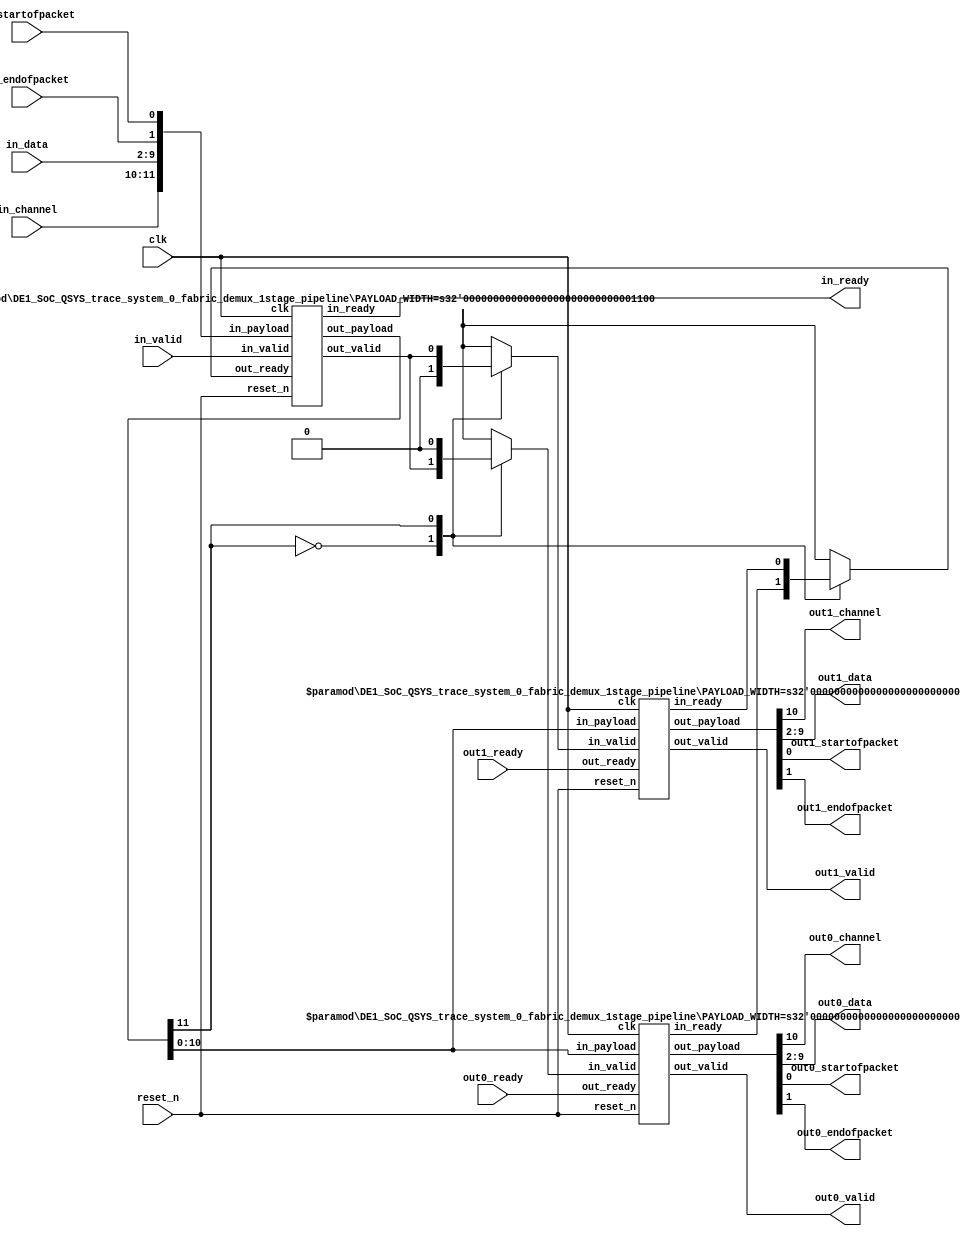
// --------------------------------------------------------------------------------
//| Demultiplexer
// --------------------------------------------------------------------------------
//|
//| Module Name     : DE1_SoC_QSYS_trace_system_0_fabric_demux
//| Version         : 6.1
//| Created On      : 2006 August 18th
//| Description     :
//|
// --------------------------------------------------------------------------------
// altera message_level level1

`timescale 1ns / 100ps
module DE1_SoC_QSYS_trace_system_0_fabric_demux (	
    
      // Interface: clk
      input              clk,
      // Interface: reset
      input              reset_n,
      // Interface: in
      input      [ 1: 0] in_channel,
      input              in_valid,
      output reg         in_ready,
      input      [ 7: 0] in_data,
      input              in_startofpacket,
      input              in_endofpacket,
      // Interface: out0
      output reg         out0_channel,
      output reg         out0_valid,
      input              out0_ready,
      output reg [ 7: 0] out0_data,
      output reg         out0_startofpacket,
      output reg         out0_endofpacket,
      // Interface: out1
      output reg         out1_channel,
      output reg         out1_valid,
      input              out1_ready,
      output reg [ 7: 0] out1_data,
      output reg         out1_startofpacket,
      output reg         out1_endofpacket
);

   // ---------------------------------------------------------------------
   //| Signal Declarations
   // ---------------------------------------------------------------------
   wire         in_ready_wire;
   reg          in_select;
   reg  [10: 0] in_payload;
   
   reg          lhs_ready;
   wire         lhs_valid;   
   
   wire         mid_select;
   wire [10: 0] mid_payload;
   
   reg          rhs0_valid;
   wire         rhs0_ready;   
   reg          rhs1_valid;
   wire         rhs1_ready;   
   wire         out0_valid_wire;
   wire [10: 0] out0_payload;
   wire         out1_valid_wire;
   wire [10: 0] out1_payload;
  
   // ---------------------------------------------------------------------
   //| Input Mapping
   // ---------------------------------------------------------------------
   always @* begin
     in_ready   = in_ready_wire;
     in_payload = {in_channel[0:0],in_data,in_endofpacket,in_startofpacket};
     in_select  = in_channel[1:1];
   end
   
   // ---------------------------------------------------------------------
   //| Input Pipeline Stage
   // ---------------------------------------------------------------------
   DE1_SoC_QSYS_trace_system_0_fabric_demux_1stage_pipeline #( .PAYLOAD_WIDTH( 11 + 1) ) inpipe
      ( .clk      (clk ),
        .reset_n  (reset_n  ),
        .in_ready (in_ready_wire ),
        .in_valid (in_valid ), 
        .in_payload ({in_select, in_payload}),
        .out_ready(lhs_ready ), 
        .out_valid(lhs_valid), 
        .out_payload({mid_select, mid_payload}) );
   
   // ---------------------------------------------------------------------
   //| Demuxing
   // ---------------------------------------------------------------------
   always @* begin
     lhs_ready = 1;
     rhs0_valid = 0; 
     rhs1_valid = 0; 
     
     // Do mux
     case (mid_select)
       0: begin
             lhs_ready = rhs0_ready; 
             rhs0_valid = lhs_valid; 
          end
       1: begin
             lhs_ready = rhs1_ready; 
             rhs1_valid = lhs_valid; 
          end
     endcase 
   end 


   // ---------------------------------------------------------------------
   //| Output Pipeline Stage
   // ---------------------------------------------------------------------
   DE1_SoC_QSYS_trace_system_0_fabric_demux_1stage_pipeline   #( .PAYLOAD_WIDTH( 11)) outpipe0
      ( .clk      (clk ),
        .reset_n   (reset_n  ),
        .in_ready (rhs0_ready ),
        .in_valid (rhs0_valid),
        .in_payload (mid_payload),
        .out_ready(out0_ready ),
        .out_valid(out0_valid_wire),
        .out_payload(out0_payload)  );
        
   DE1_SoC_QSYS_trace_system_0_fabric_demux_1stage_pipeline   #( .PAYLOAD_WIDTH( 11)) outpipe1
      ( .clk      (clk ),
        .reset_n   (reset_n  ),
        .in_ready (rhs1_ready ),
        .in_valid (rhs1_valid),
        .in_payload (mid_payload),
        .out_ready(out1_ready ),
        .out_valid(out1_valid_wire),
        .out_payload(out1_payload)  );
        

   // ---------------------------------------------------------------------
   //| Output Mapping
   // ---------------------------------------------------------------------
   always @* begin
     out0_valid   = out0_valid_wire;
     {out0_channel,out0_data,out0_endofpacket,out0_startofpacket} = out0_payload;
     out1_valid   = out1_valid_wire;
     {out1_channel,out1_data,out1_endofpacket,out1_startofpacket} = out1_payload;
   end

endmodule

//  --------------------------------------------------------------------------------
// | single buffered pipeline stage
//  --------------------------------------------------------------------------------
module DE1_SoC_QSYS_trace_system_0_fabric_demux_1stage_pipeline  
#( parameter PAYLOAD_WIDTH = 8 )
 ( input                          clk,
   input                          reset_n, 
   output reg                     in_ready,
   input                          in_valid,   
   input      [PAYLOAD_WIDTH-1:0] in_payload,
   input                          out_ready,   
   output reg                     out_valid,
   output reg [PAYLOAD_WIDTH-1:0] out_payload      
 );
   
   reg in_ready1;
   
   always @* begin
   
     in_ready = out_ready || ~out_valid;
   
//     in_ready = in_ready1;
//     if (!out_ready)
//       in_ready = 0;
   end
   
   always @ (negedge reset_n, posedge clk) begin
      if (!reset_n) begin
         in_ready1 <= 0;
         out_valid <= 0;
         out_payload <= 0;
      end else begin
         in_ready1 <= out_ready || !out_valid;
         
         if (in_valid) begin
           out_valid <= 1;
         end else if (out_ready) begin
           out_valid <= 0;
         end
         
         if(in_valid && in_ready) begin
            out_payload <= in_payload;
         end
      end
   end

endmodule